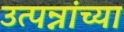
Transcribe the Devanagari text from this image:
उत्पन्नांच्या